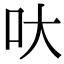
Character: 𠯈